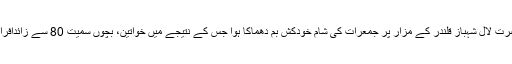
صوبہ سندھ میں سیہون شریف میں صوفی بزرگ حضرت لال شہباز قلندر کے مزار پر جمعرات کی شام خودکش بم دھماکا ہوا جس کے نتیجے میں خواتین، بچوں سمیت 80 سے زائدافراد جاں بحق اور ڈیڑھ سو سے زیادہ زخمی ہوگئے ہیں۔